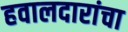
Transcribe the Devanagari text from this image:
हवालदारांचा